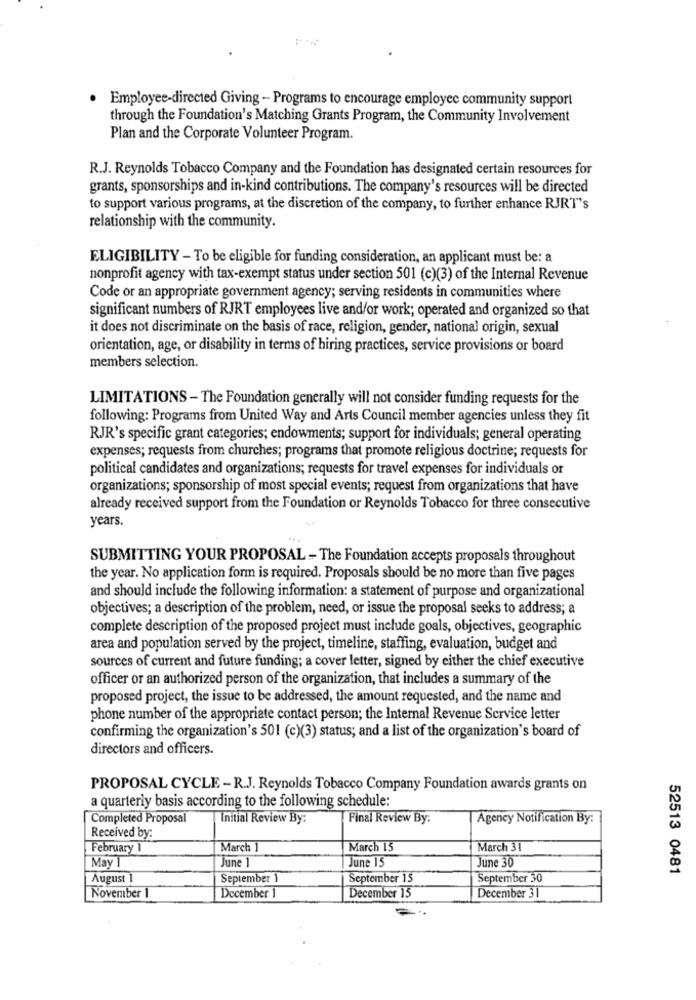
Employee-directed Giving - Programs to encourage employee community support
through the Foundation's Matching Grants Program, the Community Involvement
Plan and the Corporate Volunteer Program.
R.J. Reynolds Tobacco Company and the Foundation has designated certain resources for
grants, sponsorships and in-kind contributions. The company's resources will be directed
to support various programs, at the discretion of the company, to further enhance RJRT"s
relationship with the community.
ELIGIBILITY - To be eligible for funding consideration, an applicant must be: a
nonprofit agency with tax-exempt status under section 501 (c)(3) of the Internal Revenue
Code or an appropriate government agency; serving residents in communities where
significant numbers of RJRT employees live and/or work; operated and organized so that
it does not discriminate on the basis of race, religion, gender, national origin, sexual
orientation, age, or disability in terms of hiring practices, service provisions or board
members selection.
LIMITATIONS - The Foundation generally will not consider funding requests for the
following: Programs from United Way and Arts Council member agencies unless they fit
RJR's specific grant categories; endowments; support for individuals; general operating
expenses; requests from churches; programs that promote religious doctrine; requests for
political candidates and organizations; requests for travel expenses for individuals or
organizations; sponsorship of most special events; request from organizations that have
already received support from the Foundation or Reynolds Tobacco for three consecutive
years.
SUBMITTING YOUR PROPOSAL - The Foundation accepts proposals throughout
the year. No application form is required. Proposals should be no more than five pages
and should include the following information: a statement of purpose and organizational
objectives; a description of the problem, need, or issue the proposal seeks to address; a
complete description of the proposed project must include goals, objectives, geographic
area and population served by the project, timeline, staffing, evaluation, budget and
sources of current and future funding; a cover letter, signed by either the chief executive
officer or an authorized person of the organization, that includes a summary of the
proposed project, the issue to be addressed, the amount requested, and the name and
phone number of the appropriate contact person; the Internal Revenue Service letter
confirming the organization's 501 (c)(3) status; and a list of the organization's board of
directors and officers.
PROPOSAL CYCLE - R.J. Reynolds Tobacco Company Foundation awards grants on
a quarterly basis according to the following schedule:
Completed Proposal
Initial Review By:
Final Review By:
Agency Notification By:
Received by:
February 1
March ]
March 15
March 31
June 1
June 15
June 30
May 1
52513 0481
August 1
September 1
September 15
September 30
November 1
December 1
December 15
December 31